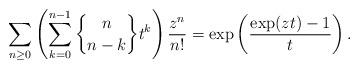
LaTeX: \begin{gather*} \sum_{n \ge 0}\left( \sum_{k=0}^{n-1} {n \brace n-k } t^{k}\right) {z^n \over n!}=\exp\left({\exp(zt)-1 \over t}\right).\end{gather*}